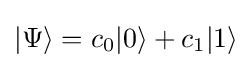
|\Psi \rangle =c_{0}|0\rangle +c_{1}|1\rangle